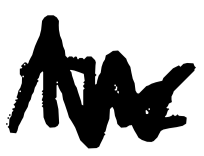
Text: The
Cross-out: zig-zag
Writing tool: digital_black